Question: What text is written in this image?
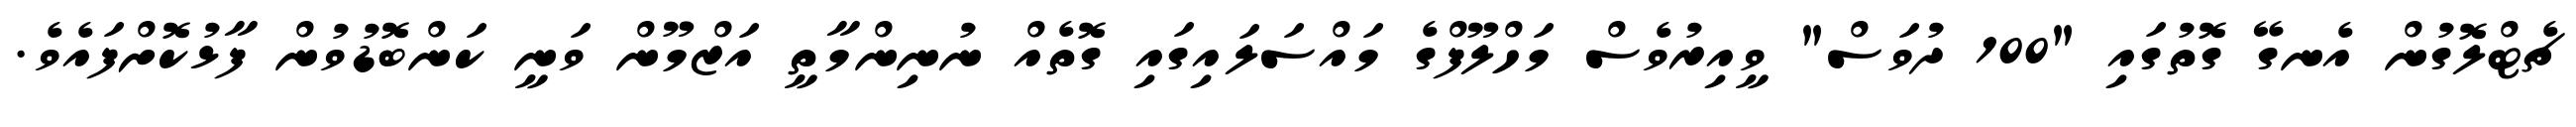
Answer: ޗެޓްލޮގުން އެނގޭ ގޮތުގައި "100 ދުވަސް" ވީއިރުވެސް މަހްލޫފްގެ މައްސަލައިގައި ގޮތެއް ނުނިންމާތީ އަޒްމޫން ވަނީ ކަންބޮޑުވުން ފާޅުކޮށްފައެވެ.